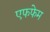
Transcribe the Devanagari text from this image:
एफफेम